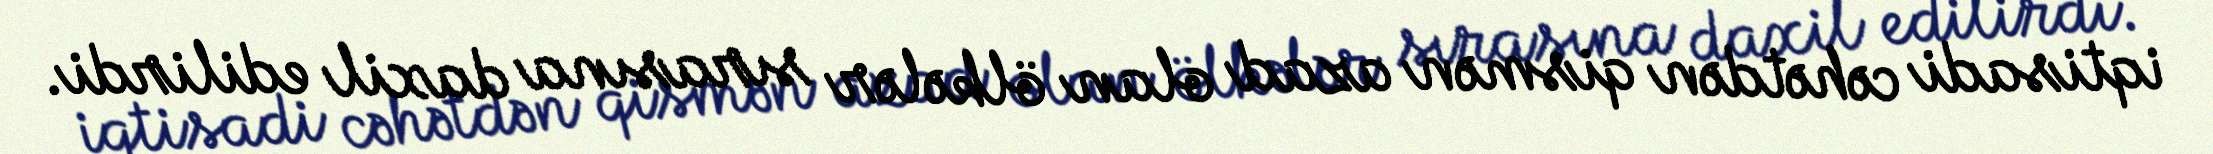
iqtisadi cəhətdən qismən azad olan ölkələr sırasına daxil edilirdi.